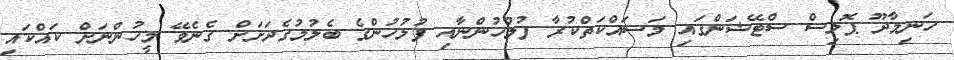
ހަނިމާދޫ ޕޮލިސް ސްޓޭޝަންގައި މަސައްކަތްކުރާ ފުލުހުންނާއި ފުލުހުންގެ ބެލުމުގެދަށަށް ގެނެވޭ މީހުންނަށް ކައްކައި